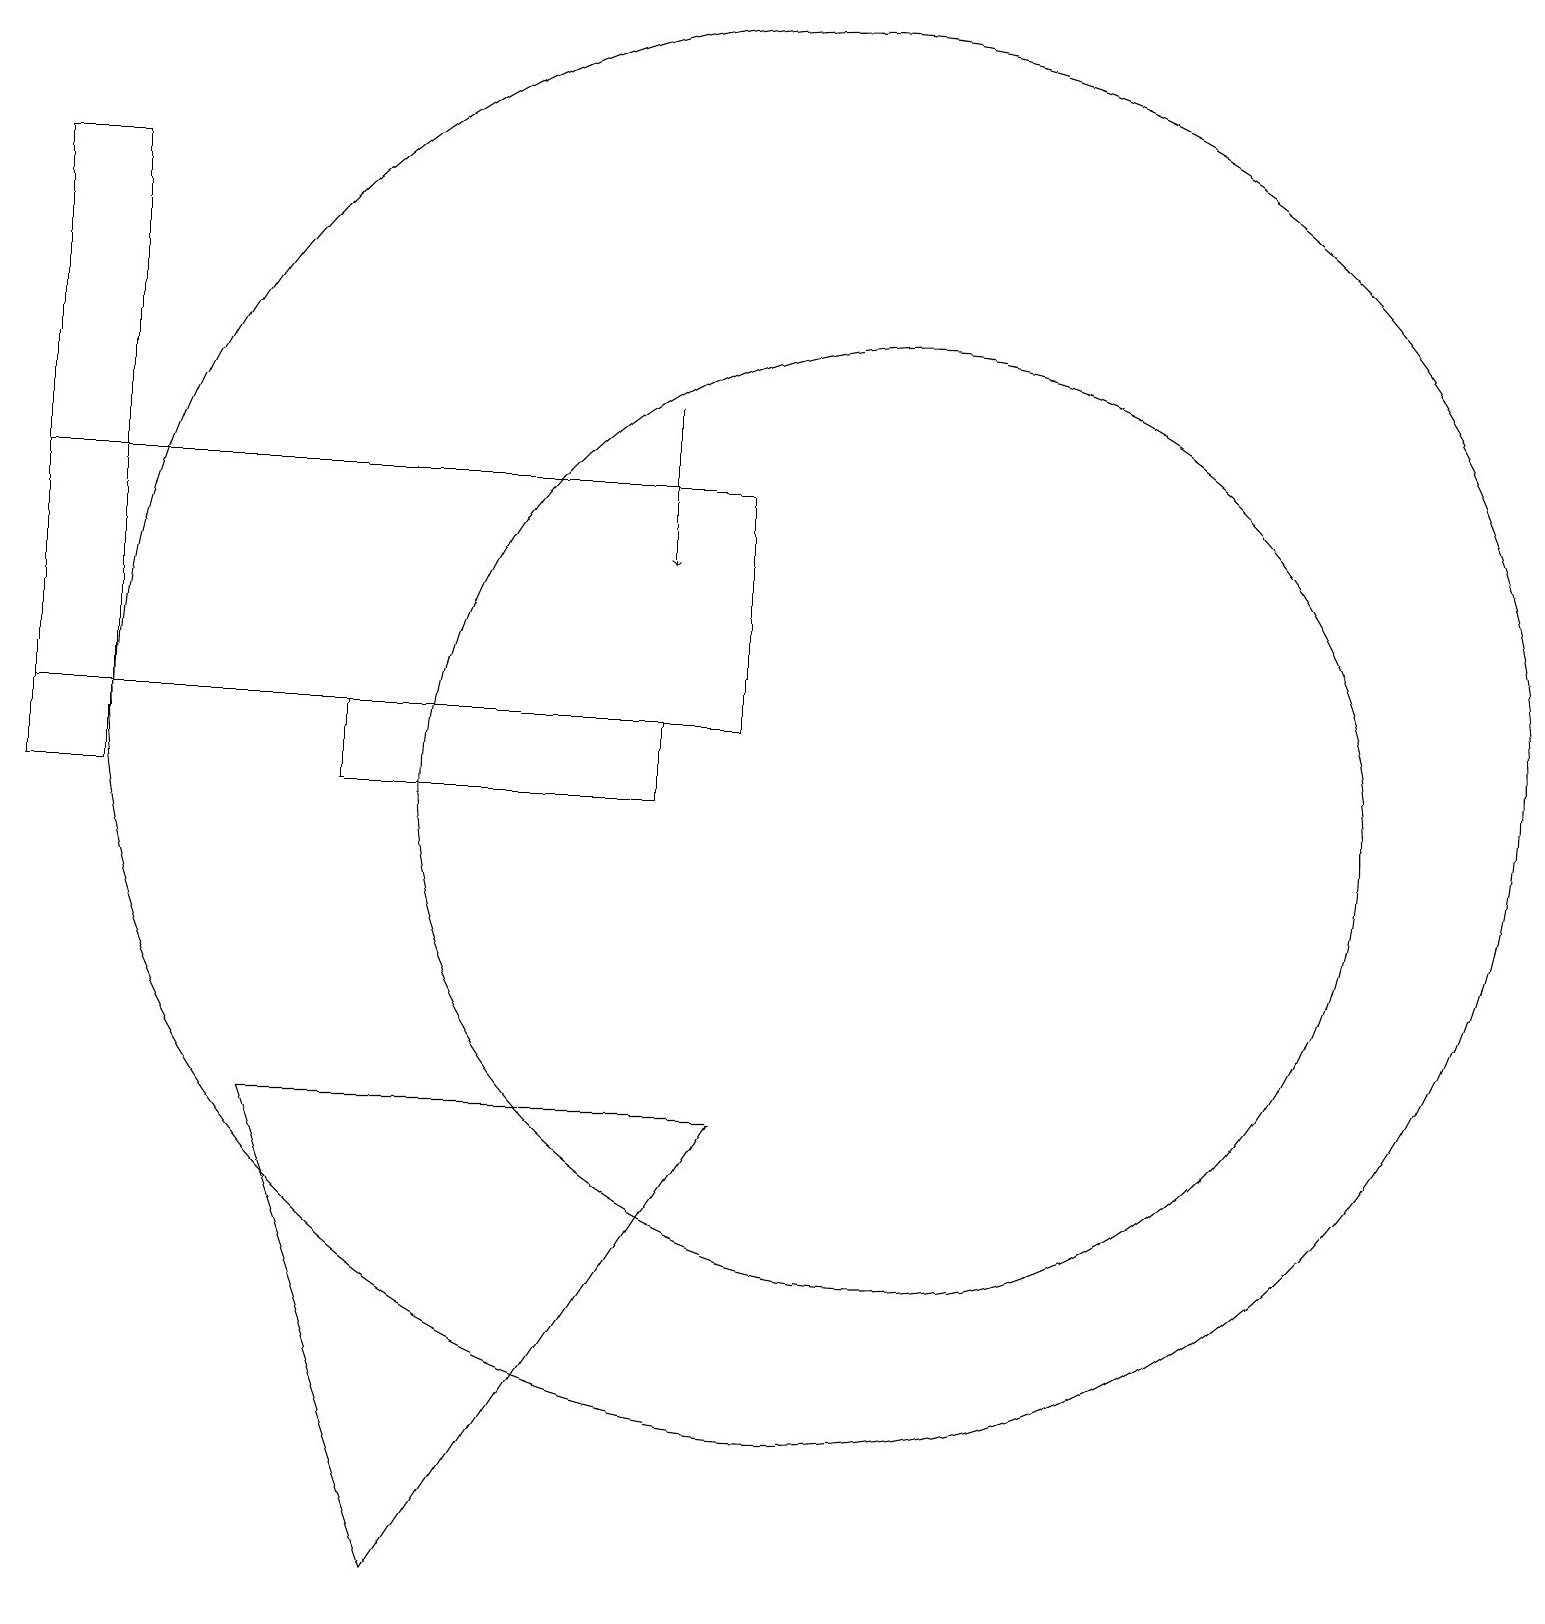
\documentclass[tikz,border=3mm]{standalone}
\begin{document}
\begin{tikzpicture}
\draw (9,14) rectangle (0,11);
\draw (11,10) circle (6);
\draw (8,11) rectangle (4,10);
\draw[->] (8,15) -- (8,13);
\draw (5,0) -- (3,6) -- (9,6) -- cycle;
\draw (10,11) circle (9);
\draw (1,18) rectangle (0,10);
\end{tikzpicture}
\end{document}